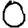
Digit: 0